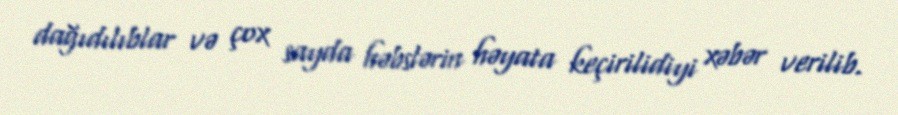
dağıdılıblar və çox sayda həbslərin həyata keçirilidiyi xəbər verilib.